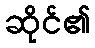
ဆိုင်၏